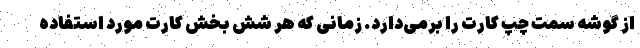
از گوشه سمت چپ کارت را برمی‌دارد. زمانی که هر شش بخش کارت مورد استفاده